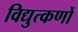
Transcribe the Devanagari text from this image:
विद्युत्कणों